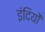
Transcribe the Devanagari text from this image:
इंदियों